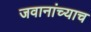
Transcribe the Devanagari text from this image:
जवानांच्याच